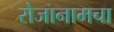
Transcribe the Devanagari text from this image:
रोजानामचा